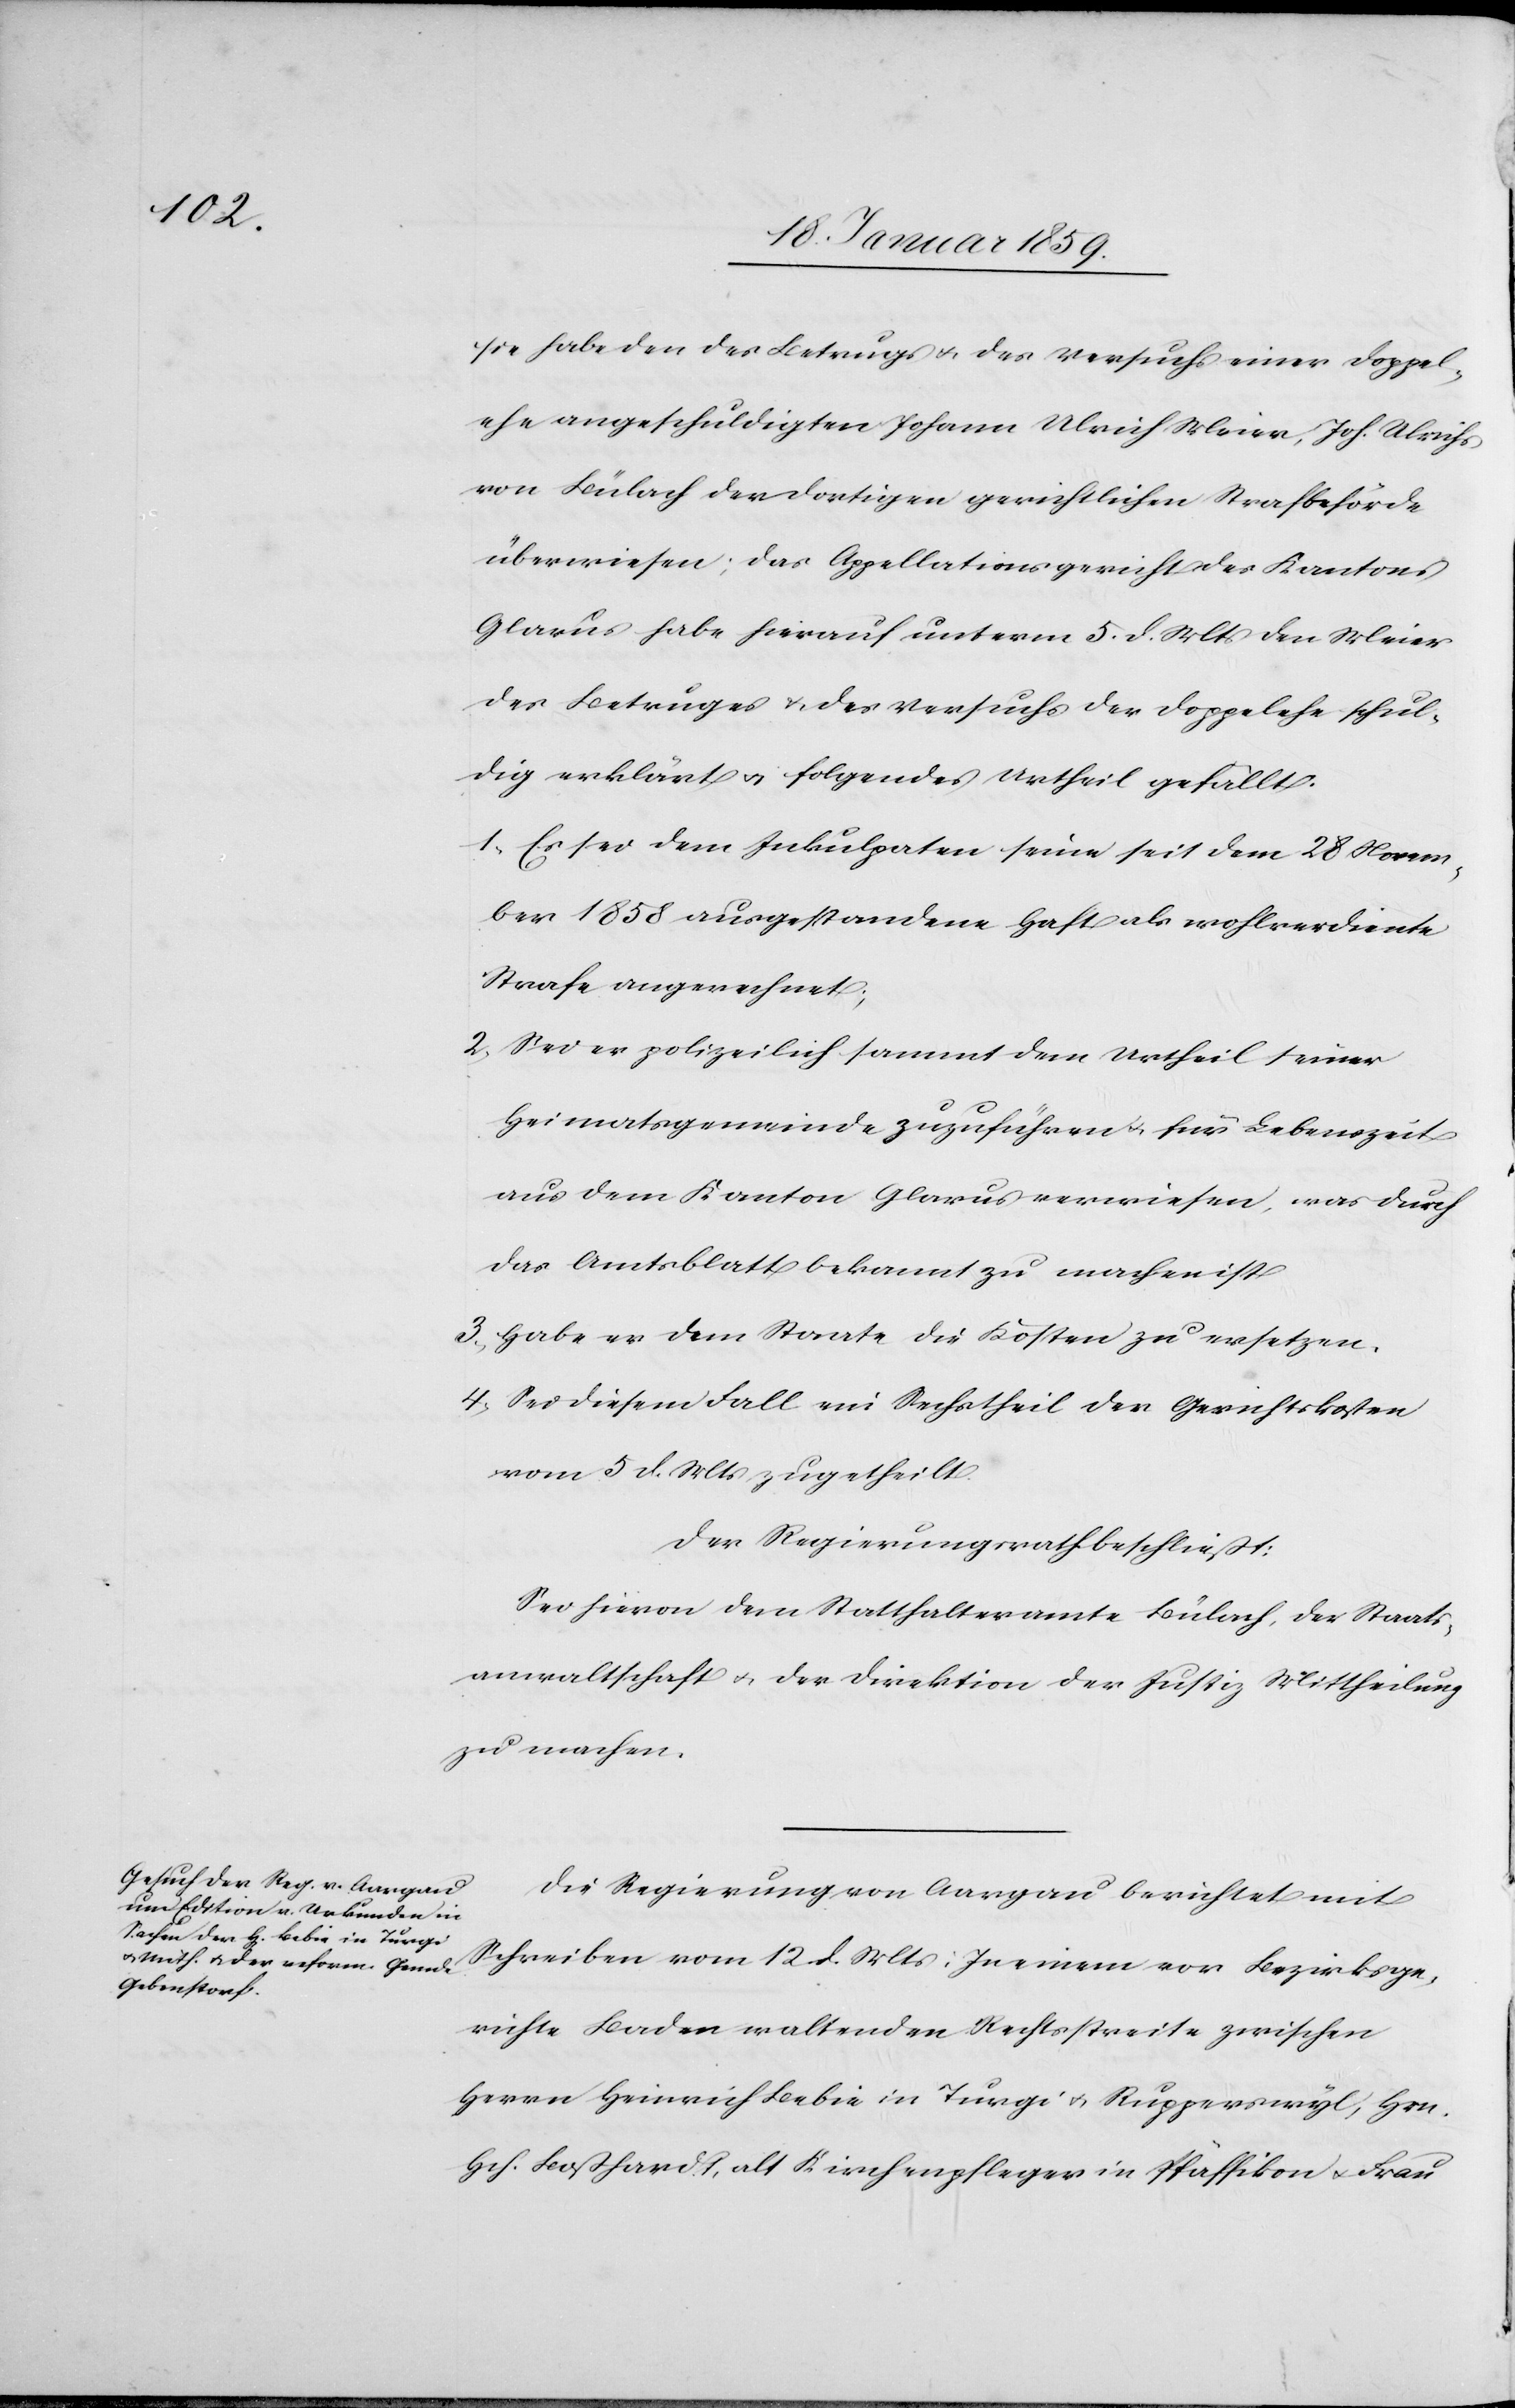
sie habe den des Betruges u. des Versuchs einer Doppel¬
ehe angeschuldigten Johann Ulrich Meier, Joh. Ulrichs
von Bülach der dortigen gerichtlichen Strafbehörde
überwiesen; das Appellationsgericht des Kantons
Glarus habe hierauf unterm 5. d. Mts den Meier
des Betruges u. des Versuchs der Doppelehe schul¬
dig erklärt u. folgendes Urtheil gefällt.
1. Es sei dem Inkulpaten seine seit dem 28 Novem¬
ber 1858 ausgestandene Haft als wohlverdiente
Strafe angerechnet;
2. Sei er polizeilich sammt dem Urtheil seiner
Heimatgemeinde zuzuführen u. für Lebenszeit
aus dem Kanton Glarus verwiesen, was durch
das Amtsblatt bekannt zu machen ist
3. Habe er dem Staate die Kosten zu ersetzen.
4. Sei diesem Fall ein Sechstheil der Gerichtskosten
vom 5 d. Mts zugetheilt.
Der Regierungsrath beschließt:
Sei hievon dem Statthalteramte Bülach, der Staats¬
anwaltschaft u. der Direktion der Justiz Mittheilung
zu machen.
Die Regierung von Aargau berichtet mit
Schreiben vom 12. d. Mts: In einem vor Bezirksge¬
richte Baden waltenden Rechtsstreite zwischen
Herrn Heinrich Bebie in Turgi u. Rupperswyl, Hrn.
Hch. Boßhardt, alt Kirchenpfleger in Pfäffikon u. Frau